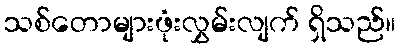
သစ်တောများဖုံးလွှမ်းလျက် ရှိသည်။